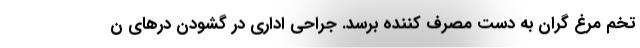
تخم مرغ گران به دست مصرف کننده برسد. جراحی اداری در گشودن درهای ن